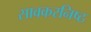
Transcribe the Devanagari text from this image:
सावकरनिष्ठ